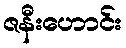
ဇနီးဟောင်း